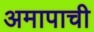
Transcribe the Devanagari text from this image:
अमापाची